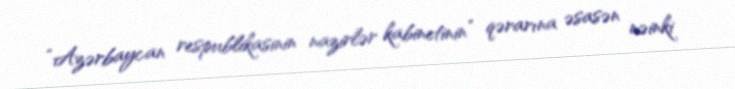
“Azərbaycan respublikasinin nazirlər kabinetinin” qərarına əsasən nəinki